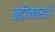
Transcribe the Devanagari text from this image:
बंदीनंतरही